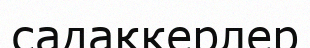
садақкерлер